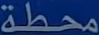
محطة